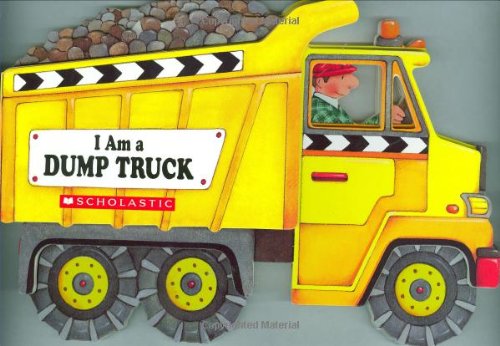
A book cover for I Am A Dump Truck; Josephine Page; Children's Books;